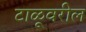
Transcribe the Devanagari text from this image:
टाळूवरील